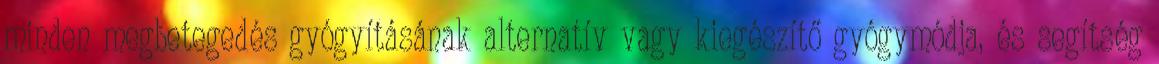
minden megbetegedés gyógyításának alternatív vagy kiegészítő gyógymódja, és segítség